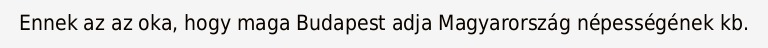
Ennek az az oka, hogy maga Budapest adja Magyarország népességének kb.